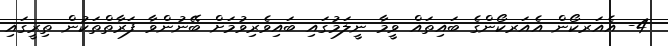
4- އެއަރކޯން އެއަރކޯންގެ ބައިތައް ވީމާ ނީލަމުގައި ބައިވެރިވުމަށް ބޭނުންވާ ފަރާތްތަކުން ތިރީގައި